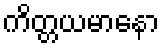
ကိတ္တယမာနော